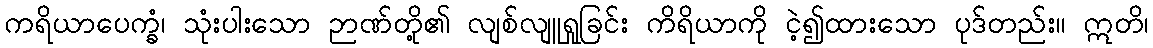
ကရိယာပေက္ခံ၊ သုံးပါးသော ဉာဏ်တို့၏ လျစ်လျူရှုခြင်း ကိရိယာကို ငဲ့၍ထားသော ပုဒ်တည်း။ ဣတိ၊